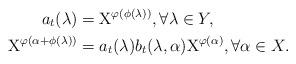
LaTeX: \begin{align*}a_t(\lambda)&=\mathrm{X}^{\varphi(\phi(\lambda))}, \forall \lambda\in Y, \\\mathrm{X}^{\varphi(\alpha+\phi(\lambda))}&=a_t(\lambda)b_t(\lambda,\alpha)\mathrm{X}^{\varphi(\alpha)}, \forall \alpha\in X.\end{align*}